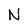
Character: N